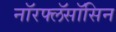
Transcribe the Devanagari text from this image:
नॉरफ्लॅसॉसिन